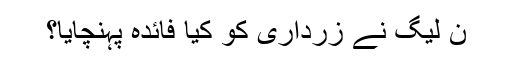
ن لیگ نے زرداری کو کیا فائدہ پہنچایا؟